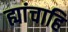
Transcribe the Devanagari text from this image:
ह्यांचाहि